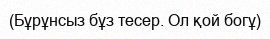
(Бұрұнсыз бұз тесер. Ол қой богұ)